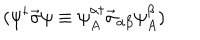
LaTeX: ( \psi ^ { \dagger } \vec { \sigma } \psi \equiv \psi _ { A } ^ { \alpha \dagger } \vec { \sigma } _ { \alpha \beta } \psi _ { A } ^ { \beta } )